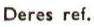
Deres ref.